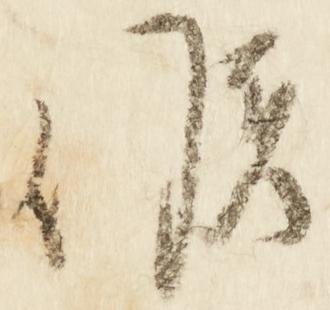
候